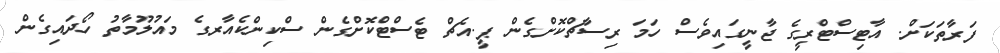
ފަރާތަކަށް. އާޓިސްޓްރީގެ ޖާނީގައިވެސް ހަމަ ރިސާޗްކޮށްގެން ޕީ.އެޗް ޓެސްޓްކޮށްގެން ސްކިންކެއާރގެ މައުލޫމާތު ހޯދައިގެން